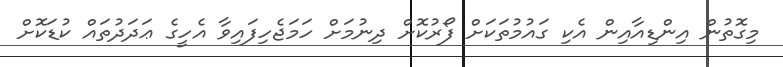
މިގޮތުން އިންޑިއާއިން އެކި ގައުމުތަކަށް ފޯރުކޮށް ދިނުމަށް ހަމަޖެހިފައިވާ އެހީގެ ޢަދަދުތައް ކުޑަކޮށް